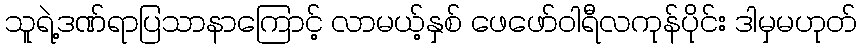
သူရဲ့ဒဏ်ရာပြသာနာကြောင့် လာမယ့်နှစ် ဖေဖော်ဝါရီလကုန်ပိုင်း ဒါမှမဟုတ်